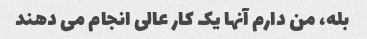
بله، من دارم آنها یک کار عالی انجام می دهند